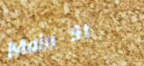
Main St